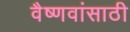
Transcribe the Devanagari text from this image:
वैष्णवांसाठी